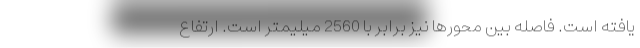
یافته است. فاصله بین محورها نیز برابر با 2560 میلیمتر است. ارتفاع